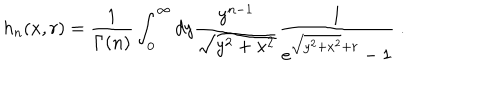
h _ { n } ( x , r ) = \frac { 1 } { \Gamma ( n ) } \int _ { 0 } ^ { \infty } d y \frac { y ^ { n - 1 } } { \sqrt { y ^ { 2 } + x ^ { 2 } } } \frac { 1 } { e ^ { \sqrt { y ^ { 2 } + x ^ { 2 } } + r } - 1 } \; .